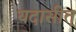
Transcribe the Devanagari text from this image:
यदासीत्